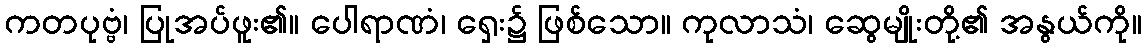
ကတပုဗ္ဗံ၊ ပြုအပ်ဖူး၏။ ပေါရာဏံ၊ ရှေး၌ ဖြစ်သော။ ကုလာသံ၊ ဆွေမျိုးတို့၏ အနွယ်ကို။